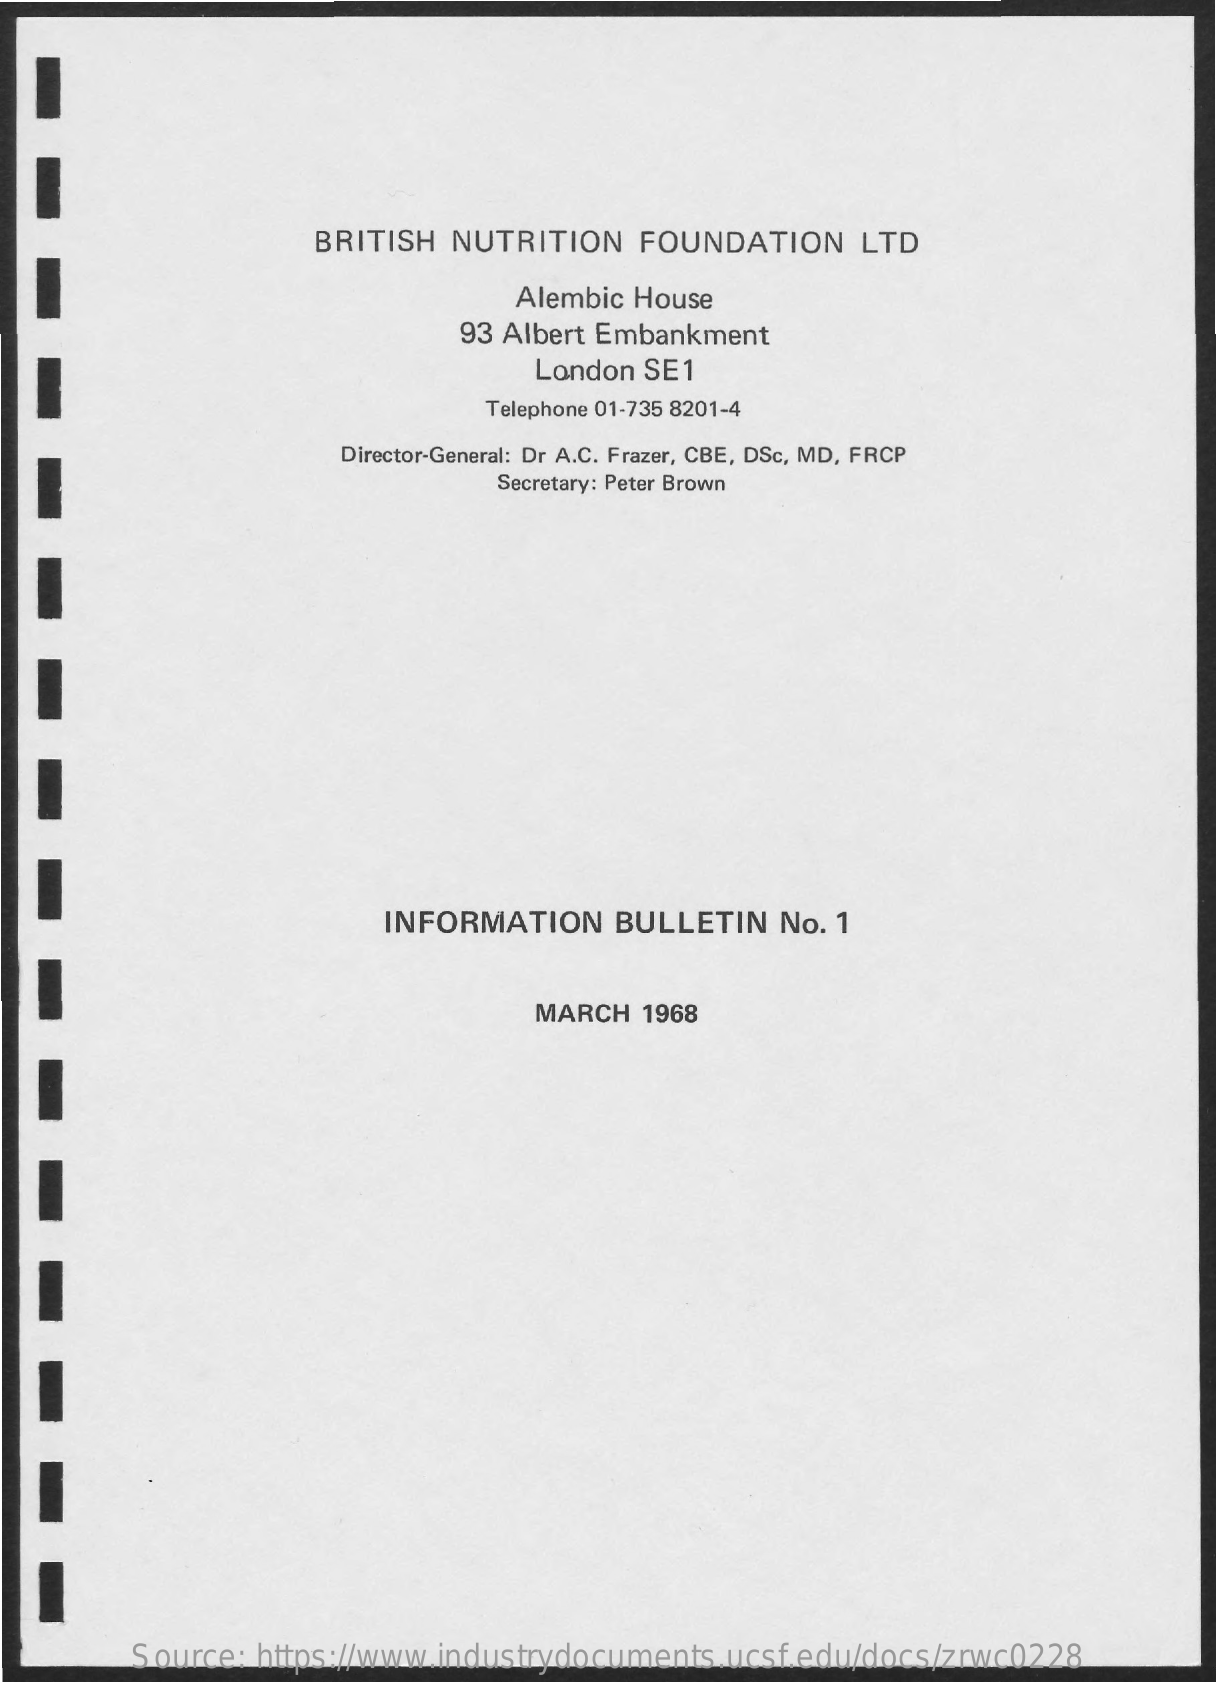
BRITISH NUTRITION   FOUNDATION   LTD
     Alembic House
     93 Albert Embankment
     London SE1
     Telephone 01-735 8201-4
     Director-General: Dr A.C. Frazer, CBE, DSc, MD, FRCP
     Secretary: Peter Brown
     INFORMATION   BULLETIN  No. 1
     MARCH 1968
     Source: https://www.industrydocuments.ucsf.edu/docs/zrwc0228